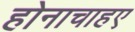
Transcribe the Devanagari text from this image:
होनाचाहए